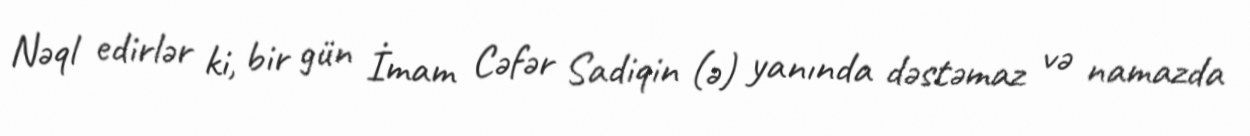
Nəql edirlər ki, bir gün İmam Cəfər Sadiqin (ə) yanında dəstəmaz və namazda